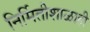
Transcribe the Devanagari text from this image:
निर्मितीशाळाही